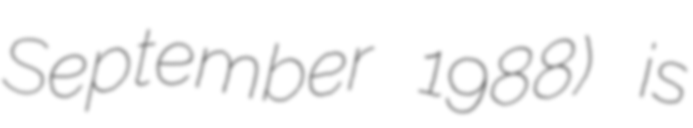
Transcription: September 1988) is